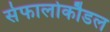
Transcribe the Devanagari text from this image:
सेफालोकौडल